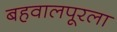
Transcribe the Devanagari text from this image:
बहवालपूरला